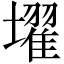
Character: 𡒔